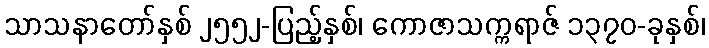
သာသနာတော်နှစ် ၂၅၅၂-ပြည့်နှစ်၊ ကောဇာသက္ကရာဇ် ၁၃၇၀-ခုနှစ်၊